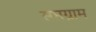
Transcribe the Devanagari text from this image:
सप्तग्राम